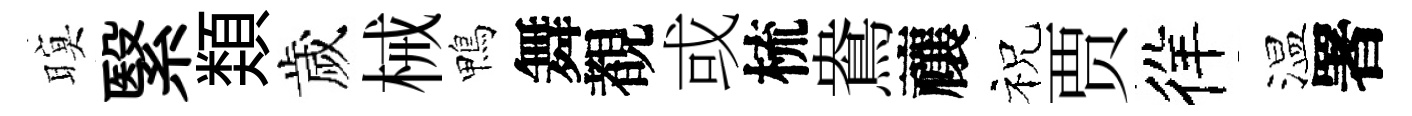
暝繄𩔖歲械鴨舞覩或梳鴦禳祝贾徉温署